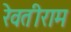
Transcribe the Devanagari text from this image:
रेवतीराम